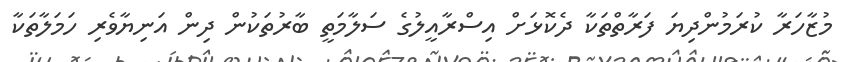
މުޒާހަރާ ކުރަމުންދިޔަ ފަރާތްތަކާ ދެކޮޅަށް އިސްރާއީލުގެ ސަލާމަތީ ބާރުތަކުން ދިން އަނިޔާވެރި ހަމަލާތަކާ